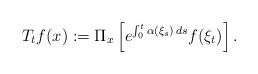
\begin{align*} T_tf(x):=\Pi_x \left[e^{\int_0^t\alpha(\xi_s)\,ds}f(\xi_t)\right].\end{align*}